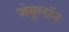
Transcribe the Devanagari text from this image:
जेबूलॉन